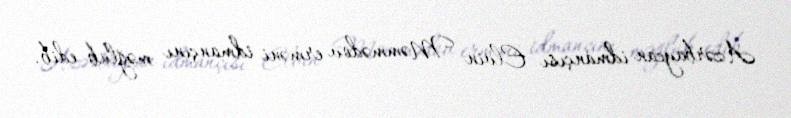
Azərbaycan idmançısı Elvin Məmmədov erməni idmançını məğlub edib.